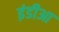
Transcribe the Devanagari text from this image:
इंडीआ